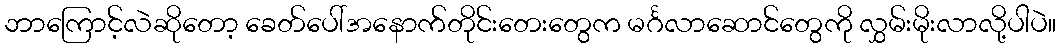
ဘာကြောင့်လဲဆိုတော့ ခေတ်ပေါ်အနောက်တိုင်းတေးတွေက မင်္ဂလာဆောင်တွေကို လွှမ်းမိုးလာလို့ပါပဲ။